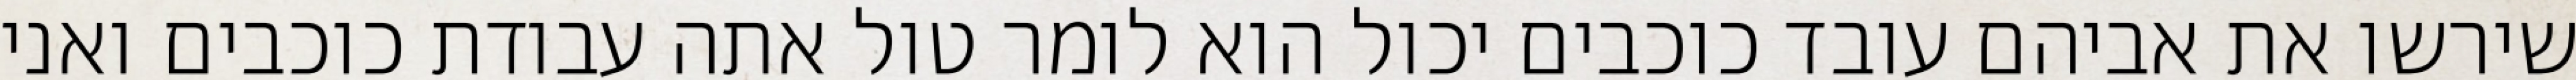
שירשו את אביהם עובד כוכבים יכול הוא לומר טול אתה עבודת כוכבים ואני